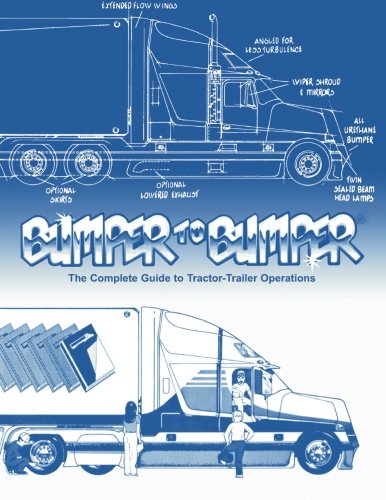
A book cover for Bumper to Bumper: The Complete Guide to Tractor-Trailer Operations; Mike Byrnes and Associates.; Engineering & Transportation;